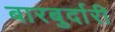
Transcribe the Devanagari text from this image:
बारबुर्दारी